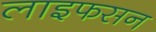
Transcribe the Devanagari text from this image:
लाइफसन